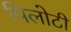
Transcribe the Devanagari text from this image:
पिलोटी